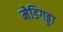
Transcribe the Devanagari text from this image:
मेडिगड्डा